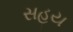
સહય